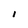
Character: l